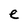
Character: e